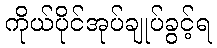
ကိုယ်ပိုင်အုပ်ချုပ်ခွင့်ရ